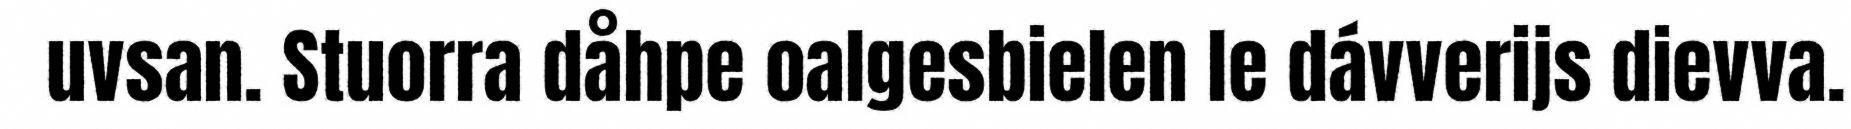
uvsan. Stuorra dåhpe oalgesbielen le dávverijs dievva.